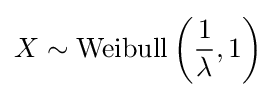
X\sim \operatorname {Weibull} \left({\frac {1}{\lambda }},1\right)